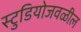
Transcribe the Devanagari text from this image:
स्टुडियोजवळील